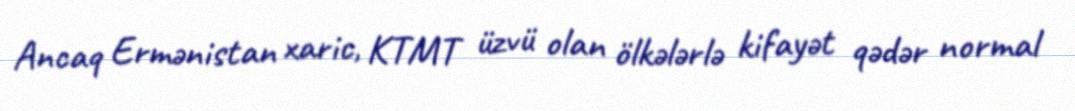
Ancaq Ermənistan xaric, KTMT üzvü olan ölkələrlə kifayət qədər normal